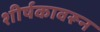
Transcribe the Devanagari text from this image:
शीर्षकावरून